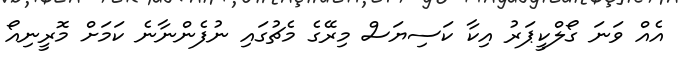
އެއް ވަނަ ގޯލްކީޕަރު އިކާ ކަސިޔަސް މިރޭގެ މެޗުގައި ނުފެންނާނެ ކަމަށް މޮރީނިއޯ